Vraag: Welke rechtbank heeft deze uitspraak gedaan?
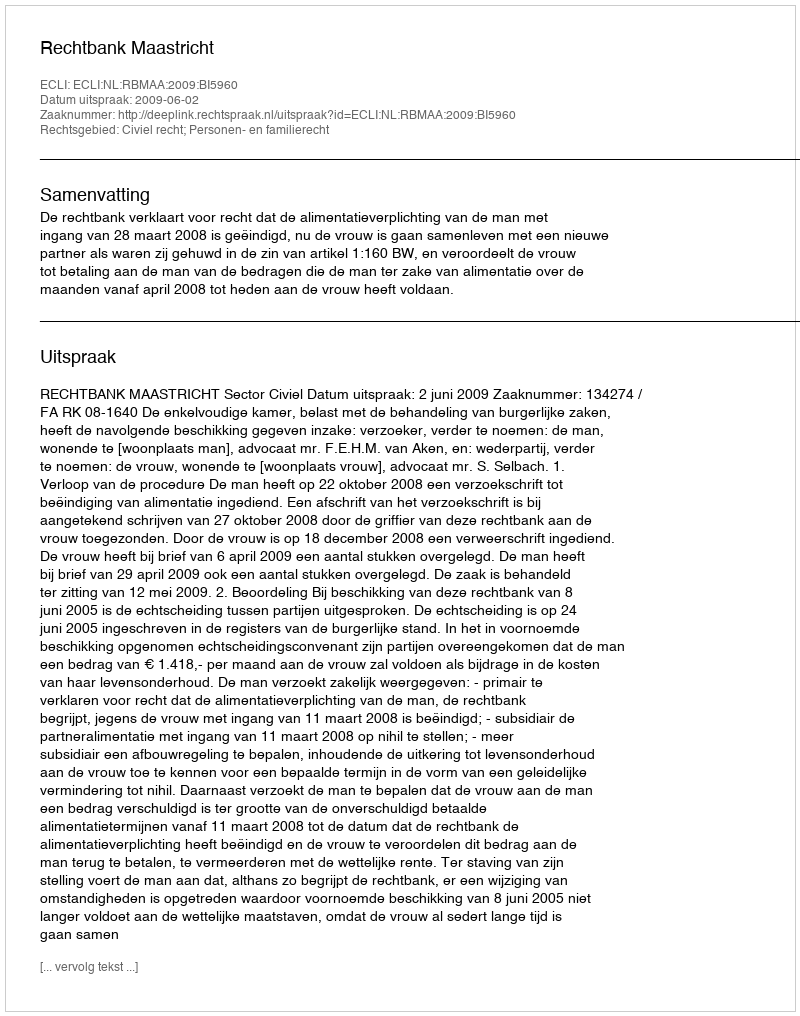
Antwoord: Rechtbank Maastricht